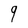
Character: 9